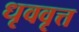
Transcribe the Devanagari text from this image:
धृववृत्त